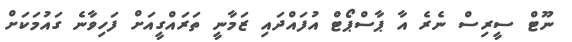
ނޫޓް ސީރިސް ނެރެ އާ ޕާސްޕޯޓް އުފައްދައި ޒަމާނީ ތަރައްގީއަށް ފަހިވާނެ ގައުމަކަށް